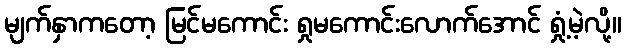
မျက်နှာကတော့ မြင်မကောင်း ရှုမကောင်းလောက်အောင် ရှုံ့မဲ့လို့။